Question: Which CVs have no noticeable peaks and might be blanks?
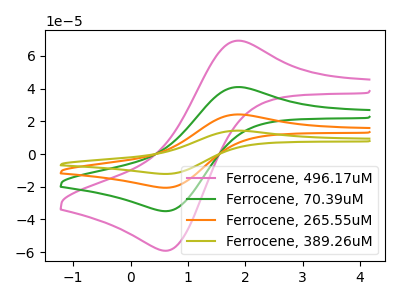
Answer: <think>The pink curve "Ferrocene, 496.17uM" has an anodic peak at (1.85V, 69.15uA) and a cathodic peak at (0.65V, -59.10uA). The green curve "Ferrocene, 70.39uM" has an anodic peak at (1.85V, 40.85uA) and a cathodic peak at (0.65V, -34.95uA). The orange curve "Ferrocene, 265.55uM" has an anodic peak at (1.85V, 81.70uA) and a cathodic peak at (0.65V, -69.85uA). The olive curve "Ferrocene, 389.26uM" has an anodic peak at (1.85V, 122.55uA) and a cathodic peak at (0.65V, -104.80uA).</think>
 <answer>There are not any CV's on this graph that are likely to be blanks.</answer>
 <eval>none</eval>